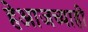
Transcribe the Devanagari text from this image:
हेआजच्याही